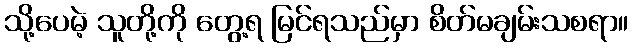
သို့ပေမဲ့ သူတို့ကို တွေ့ရ မြင်ရသည်မှာ စိတ်မချမ်းသစရာ။